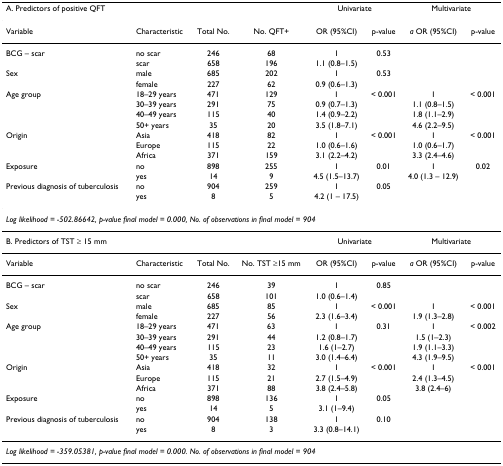
<table><thead><tr><td colspan="2"><b>A. Predictors of positive QFT</b></td><td></td><td></td><td colspan="2"><b>Univariate</b></td><td colspan="2"><b>Multivariate</b></td></tr></thead><tbody><tr><td>Variable</td><td>Characteristic</td><td>Total No.</td><td>No. QFT+</td><td>OR (95%CI)</td><td>p-value</td><td><i>a </i>OR (95%CI)</td><td>p-value</td></tr><tr><td>BCG – scar</td><td>no scar</td><td>246</td><td>68</td><td>1</td><td>0.53</td><td></td><td></td></tr><tr><td></td><td>scar</td><td>658</td><td>196</td><td>1.1 (0.8–1.5)</td><td></td><td></td><td></td></tr><tr><td>Sex</td><td>male</td><td>685</td><td>202</td><td>1</td><td>0.53</td><td></td><td></td></tr><tr><td></td><td>female</td><td>227</td><td>62</td><td>0.9 (0.6–1.3)</td><td></td><td></td><td></td></tr><tr><td>Age group</td><td>18–29 years</td><td>471</td><td>129</td><td>1</td><td>&lt; 0.001</td><td>1</td><td>&lt; 0.001</td></tr><tr><td></td><td>30–39 years</td><td>291</td><td>75</td><td>0.9 (0.7–1.3)</td><td></td><td>1.1 (0.8–1.5)</td><td></td></tr><tr><td></td><td>40–49 years</td><td>115</td><td>40</td><td>1.4 (0.9–2.2)</td><td></td><td>1.8 (1.1–2.9)</td><td></td></tr><tr><td></td><td>50+ years</td><td>35</td><td>20</td><td>3.5 (1.8–7.1)</td><td></td><td>4.6 (2.2–9.5)</td><td></td></tr><tr><td>Origin</td><td>Asia</td><td>418</td><td>82</td><td>1</td><td>&lt; 0.001</td><td>1</td><td>&lt; 0.001</td></tr><tr><td></td><td>Europe</td><td>115</td><td>22</td><td>1.0 (0.6–1.6)</td><td></td><td>1.0 (0.6–1.7)</td><td></td></tr><tr><td></td><td>Africa</td><td>371</td><td>159</td><td>3.1 (2.2–4.2)</td><td></td><td>3.3 (2.4–4.6)</td><td></td></tr><tr><td>Exposure</td><td>no</td><td>898</td><td>255</td><td>1</td><td>0.01</td><td>1</td><td>0.02</td></tr><tr><td></td><td>yes</td><td>14</td><td>9</td><td>4.5 (1.5–13.7)</td><td></td><td>4.0 (1.3 – 12.9)</td><td></td></tr><tr><td>Previous diagnosis of tuberculosis</td><td>no</td><td>904</td><td>259</td><td>1</td><td>0.05</td><td></td><td></td></tr><tr><td></td><td>yes</td><td>8</td><td>5</td><td>4.2 (1 – 17.5)</td><td></td><td></td><td></td></tr><tr><td colspan="8"><i>Log likelihood = -502.86642, p-value final model = 0.000, No. of observations in final model = 904</i></td></tr><tr><td colspan="2">B. Predictors of TST ≥ 15 mm</td><td></td><td></td><td colspan="2">Univariate</td><td colspan="2">Multivariate</td></tr><tr><td>Variable</td><td>Characteristic</td><td>Total No.</td><td>No. TST ≥15 mm</td><td>OR (95%CI)</td><td>p-value</td><td><i>a </i>OR (95%CI)</td><td>p-value</td></tr><tr><td>BCG – scar</td><td>no scar</td><td>246</td><td>39</td><td>1</td><td>0.85</td><td></td><td></td></tr><tr><td></td><td>scar</td><td>658</td><td>101</td><td>1.0 (0.6–1.4)</td><td></td><td></td><td></td></tr><tr><td>Sex</td><td>male</td><td>685</td><td>85</td><td>1</td><td>&lt; 0.001</td><td>1</td><td>&lt; 0.001</td></tr><tr><td></td><td>female</td><td>227</td><td>56</td><td>2.3 (1.6–3.4)</td><td></td><td>1.9 (1.3–2.8)</td><td></td></tr><tr><td>Age group</td><td>18–29 years</td><td>471</td><td>63</td><td>1</td><td>0.31</td><td>1</td><td>&lt; 0.002</td></tr><tr><td></td><td>30–39 years</td><td>291</td><td>44</td><td>1.2 (0.8–1.7)</td><td></td><td>1.5 (1–2.3)</td><td></td></tr><tr><td></td><td>40–49 years</td><td>115</td><td>23</td><td>1.6 (1–2.7)</td><td></td><td>1.9 (1.1–3.3)</td><td></td></tr><tr><td></td><td>50+ years</td><td>35</td><td>11</td><td>3.0 (1.4–6.4)</td><td></td><td>4.3 (1.9–9.5)</td><td></td></tr><tr><td>Origin</td><td>Asia</td><td>418</td><td>32</td><td>1</td><td>&lt; 0.001</td><td>1</td><td>&lt; 0.001</td></tr><tr><td></td><td>Europe</td><td>115</td><td>21</td><td>2.7 (1.5–4.9)</td><td></td><td>2.4 (1.3–4.5)</td><td></td></tr><tr><td></td><td>Africa</td><td>371</td><td>88</td><td>3.8 (2.4–5.8)</td><td></td><td>3.8 (2.4–6)</td><td></td></tr><tr><td>Exposure</td><td>no</td><td>898</td><td>136</td><td>1</td><td>0.05</td><td></td><td></td></tr><tr><td></td><td>yes</td><td>14</td><td>5</td><td>3.1 (1–9.4)</td><td></td><td></td><td></td></tr><tr><td>Previous diagnosis of tuberculosis</td><td>no</td><td>904</td><td>138</td><td>1</td><td>0.10</td><td></td><td></td></tr><tr><td></td><td>yes</td><td>8</td><td>3</td><td>3.3 (0.8–14.1)</td><td></td><td></td><td></td></tr><tr><td colspan="8"><i>Log likelihood = -359.05381, p-value final model = 0.000. No. of observations in final model = 904</i></td></tr></tbody></table>